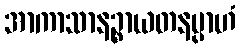
အာကာသာနဉ္စာယတနမ္ပာဟံ